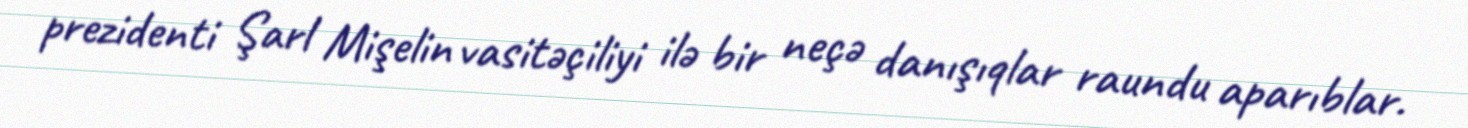
prezidenti Şarl Mişelin vasitəçiliyi ilə bir neçə danışıqlar raundu aparıblar.